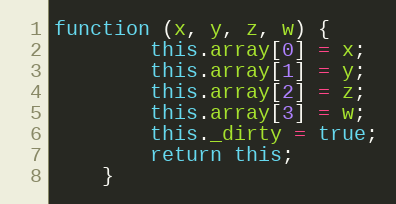
Language: JavaScript
function (x, y, z, w) {
        this.array[0] = x;
        this.array[1] = y;
        this.array[2] = z;
        this.array[3] = w;
        this._dirty = true;
        return this;
    }